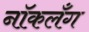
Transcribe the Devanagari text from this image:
नॉकलँग